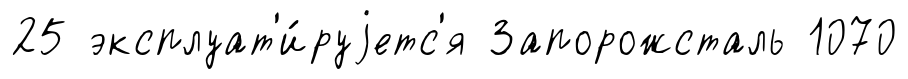
25 эксплуат'и́руjетс'я Запорожсталь 1070